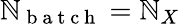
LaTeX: \mathbb{N}_{\mathrm{{~b~a~t~c~h~}}}=\mathbb{N}_{X}